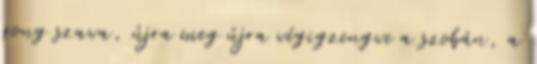
gong szava, újra meg újra végigzengve a szobán, a